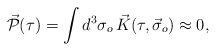
\begin{align*}\vec{\cal P}(\tau)=\int d^3\sigma_o\,\vec{K}(\tau,\vec{\sigma}_o)\approx 0, \end{align*}